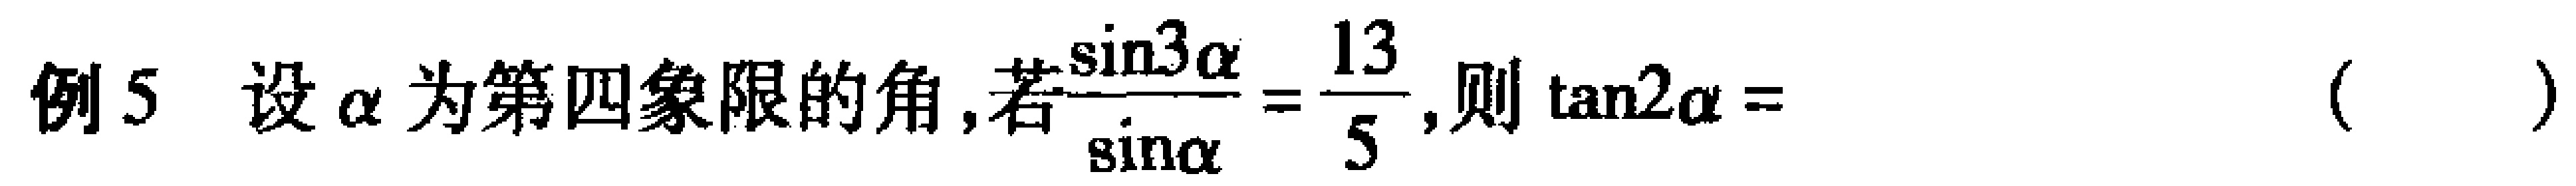
例5 设$\alpha$为第四象限的角,若$\frac{\sin3\alpha}{\sin\alpha}=\frac{13}{5}$,则$\tan2\alpha =$（  ）